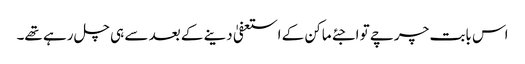
اس بابت چرچے تو اجئے ماکن کے استعفیٰ دینے کے بعد سے ہی چل رہے تھے۔